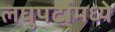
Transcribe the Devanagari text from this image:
लघुपटांमध्ये